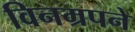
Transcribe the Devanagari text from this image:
विनम्रपने